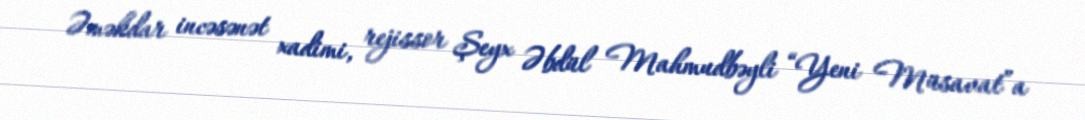
Əməkdar incəsənət xadimi, rejissor Şeyx Əbdül Mahmudbəyli “Yeni Müsavat”a